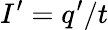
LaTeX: I^{\prime}=q^{\prime}/t